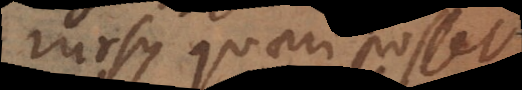
rursus quaeri posset